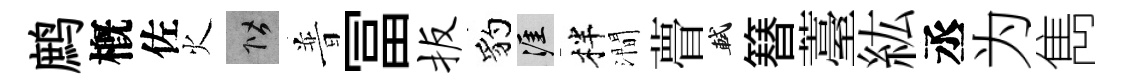
鹧槪佐火階普冨扳豹涯柈澗瞢軾簮薹紘丞为雋